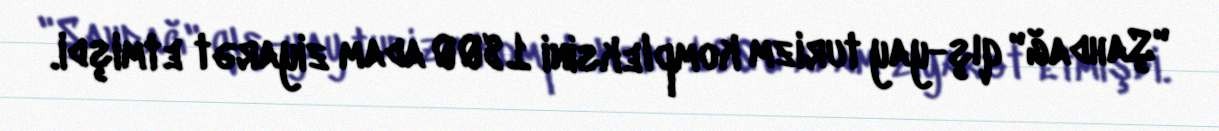
"Şahdağ" qış-yay turizm kompleksini 1800 adam ziyarət etmişdi.